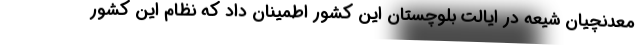
معدنچیان شیعه در ایالت بلوچستان این کشور اطمینان داد که نظام این کشور